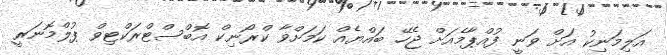
އަލިމަނިކު އަށް ވަނީ ފުއްޕާމެއަށް ޖެހޭ ބައްޔެއް ކަމަށްވާ ކްރޯނިކް އޮބްސްޓްރަކްޓިވް ޕުލްމޮނަރީ